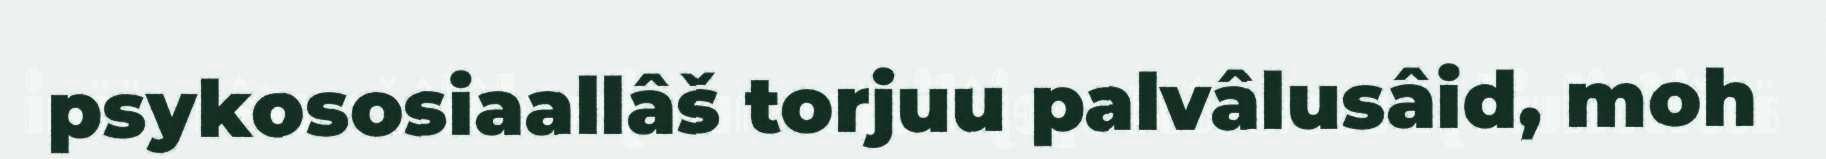
psykososiaallâš torjuu palvâlusâid, moh